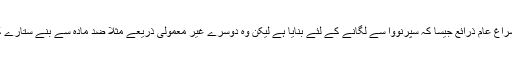
پامیلا کو کائناتی شعاعوں کا سراغ عام ذرائع جیسا کہ سپرنووا سے لگانے کے لئے بنایا ہے لیکن وہ دوسرے غیر معمولی ذریعے مثلاً ضد مادّہ سے بنے ستارے کا استعمال بھی کر سکتی ہے۔